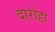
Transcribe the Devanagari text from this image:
दारोहा